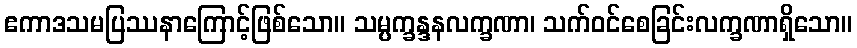
ဧကာဒသမပြဿနာကြောင့်ဖြစ်သော။ သမ္ပက္ခန္ဒနလက္ခဏာ၊ သက်ဝင်စေခြင်းလက္ခဏာရှိသော။